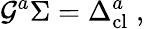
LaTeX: \mathcal{G}^{a}\Sigma=\Delta_{\mathrm{cl}}^{a}\; ,